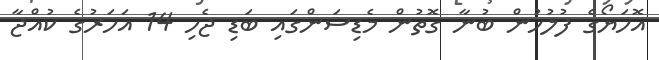
އޮހަޔޯގެ ފުލުހުން ބުނާ ގޮތުން މެޑިސަންގައި ބަޑި ޖެހި 14 އަހަރުގެ ކުއްޖާ